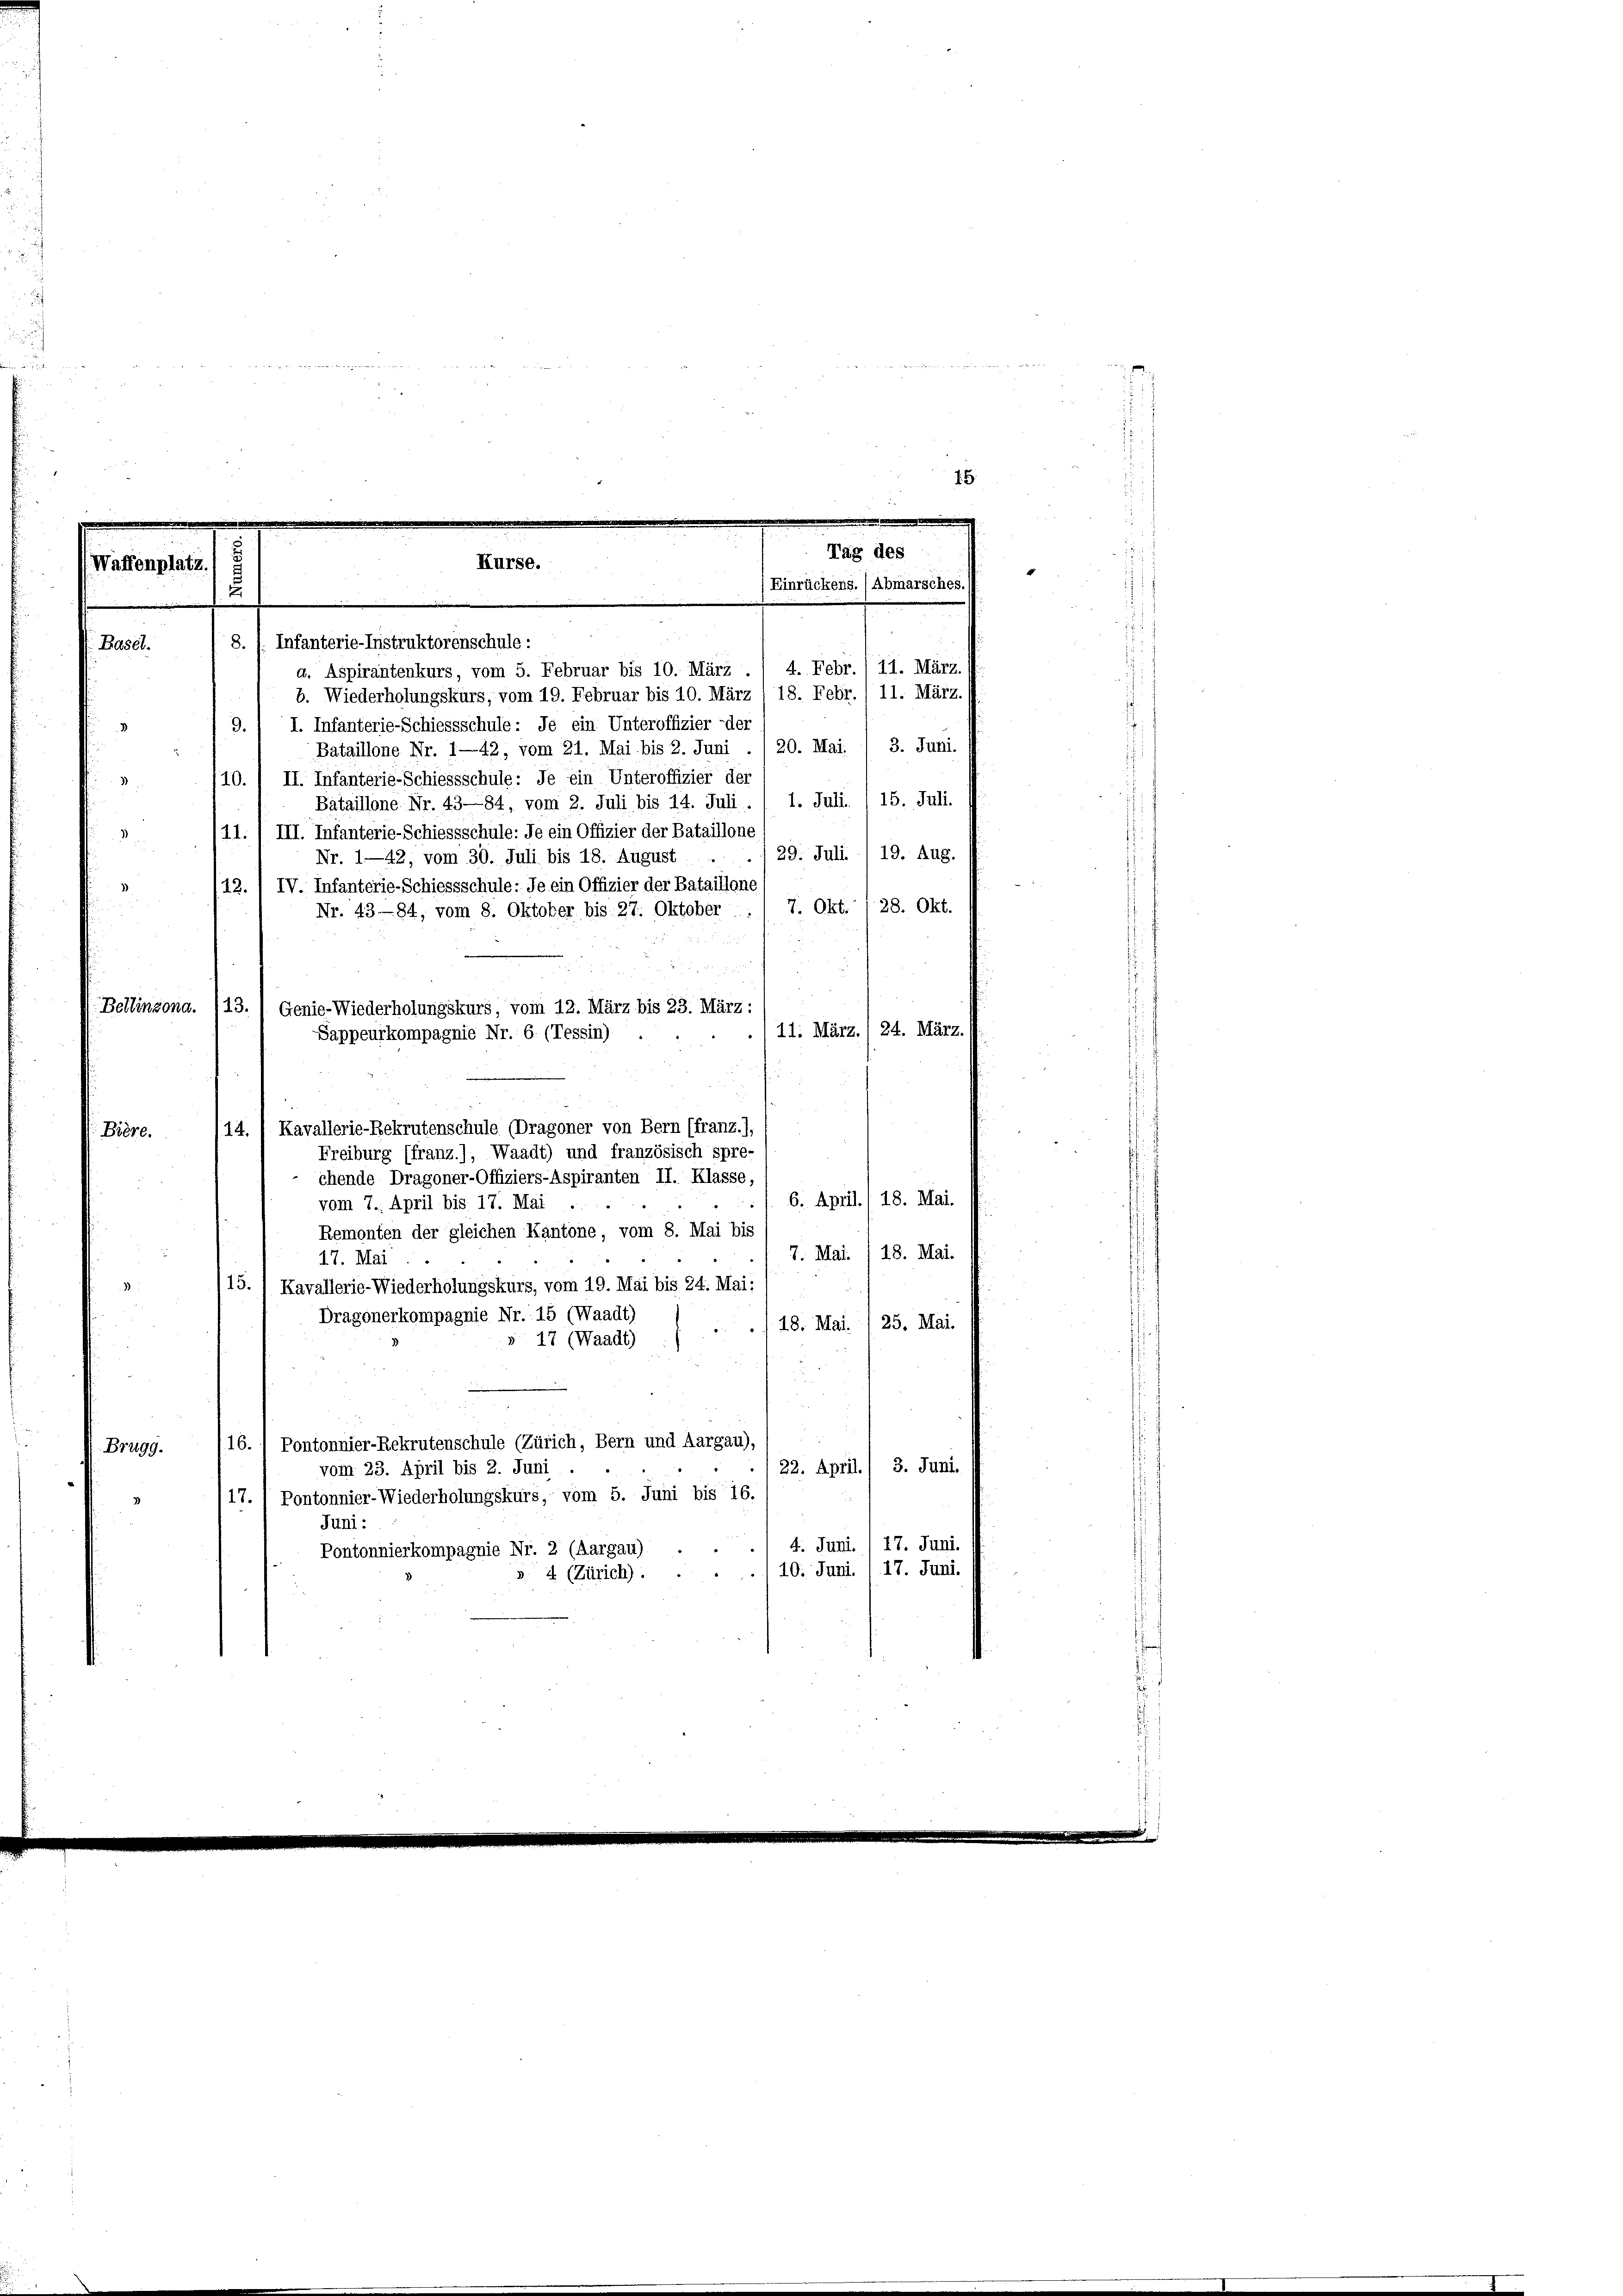
15.
u
Tag des
Kurse.
(Waffenplatz.
Einrückens. (Abmarsches.)
u
8. f. Infanterie-Instruktorenschule:
 Basel.
a. Aspirantenkurs, vom 5. Februar bis 10. März . 1 4. Febr., 11. März.

11. März.
b. Wiederholungskurs, vom 19. Februar bis 10. März 18. Febr.
9. / I. Infanterie-Schiessschule: Je ein Unteroffizier der
Bataillone Nr. 1—42, vom 21. Mai bis 2. Juni . / 20. Mai. / 3. Juni.
10. / II. Infanterie-Schiessschule: Je ein Unteroffizier der
Bataillone Nr. 43—84, vom 2. Juli bis 14. Juli ./ 1. Juli. , 15. Juli.
.
11., III. Infanterie-Schiessschüle: Je ein Offizier der Bataillone
 29. Juli) 19. Aug.
Nr. 1—42, vom 30. Juli bis 18. August
12./ IV. Infanterie-Schiessschule: Je ein Offizier der Bataillone
7. Okt. 128. Okt.
Nr. 4384, vom 8. Oktober bis 27. Oktober
u
Bellinzona. 713.) Genie-Wiederholungskurs, vom 12. März bis 23. März :
./11. März. (24. März.
Sappeurkompagnie Nr. 6. (Tessin)
14. / Kavallerie-Bekrutenschule (Dragoner von Bern (franz.),
Bière.
Freiburg (franz.), Waadt) und französisch spre-
chende Dragoner-Offiziers-Aspiranten II. Klasse,
6. April.) 18. Mai.
vom 7. April bis 17. Mai
Remonten der gleichen Kantone, vom 8. Mai bis
7. Mai. /18. Mai.
17. Mai
15.) Kavallerie-Wiederholungskurs, vom 19. Mai bis 24. Mai:
Dragonerkompagnie Nr. 15 (Waadt)
/18. Mai. / 25. Mai.
 17 (Waadt)
16./ Pontonnier-Rekrutenschule (Zürich, Bern und Aargau),
Brugg.
22. April./ 3. Juni.
vom 23. April bis 2. Juni
17. „ Pontonnier-Wiederholungskurs, vom 5. Juni bis 16.
Juni:
4. Juni. 17. Juni.
Pontonnierkompagnie Nr. 2 (Aargau)
10. Juni. , 17. Juni.
d
s. 4 (Zürich).